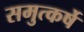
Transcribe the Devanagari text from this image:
समुत्कर्षे